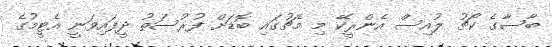
ބާސާގެ ކޯޗު ލުއިސް އެންރީކޭ މި މެޗުގައި ބޮޑަށް ފުރުސަތު ދީފައިވަނީ އެޓީމުގެ